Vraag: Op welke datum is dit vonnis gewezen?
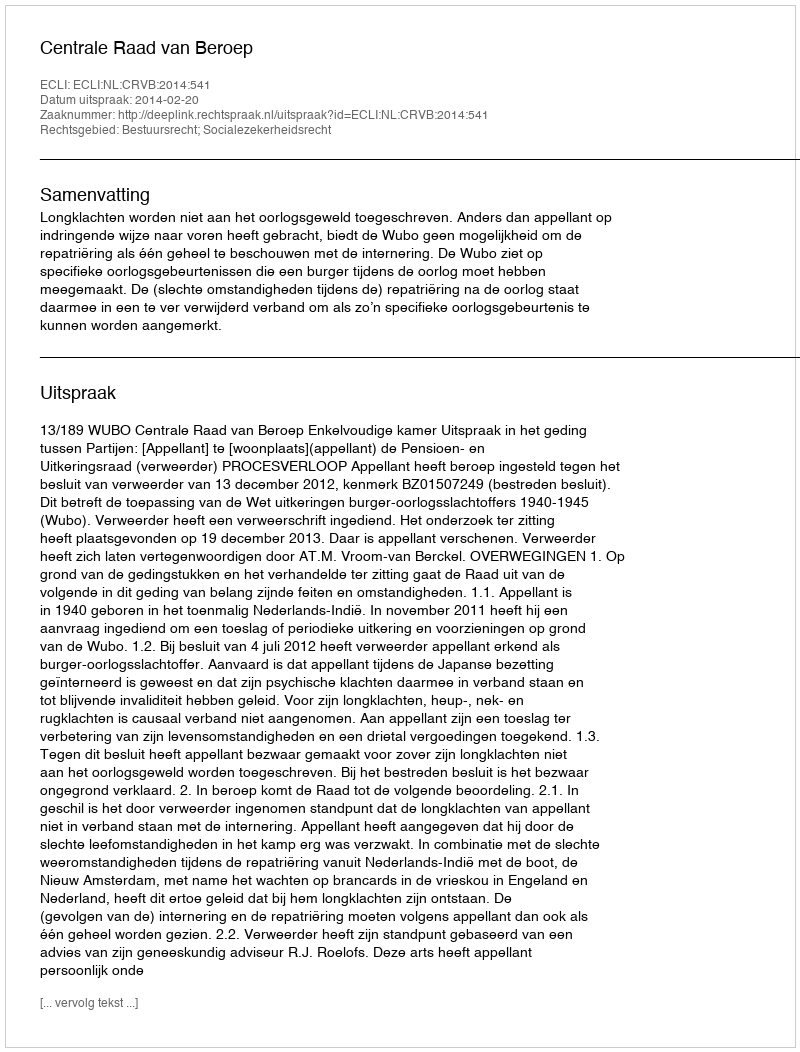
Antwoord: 2014-02-20